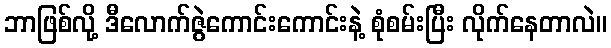
ဘာဖြစ်လို့ ဒီလောက်ဇွဲကောင်းကောင်းနဲ့ စုံစမ်းပြီး လိုက်နေတာလဲ။